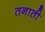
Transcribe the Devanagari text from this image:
तनाती